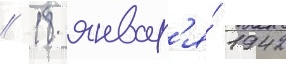
// 18 январ'я́ 1942